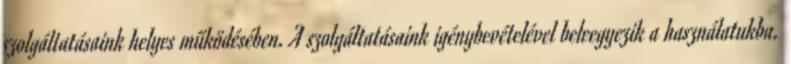
szolgáltatásaink helyes működésében. A szolgáltatásaink igénybevételével beleegyezik a használatukba.